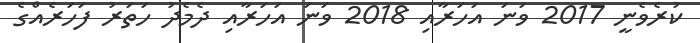
ކުރެވެނީ 2017 ވަނަ އަހަރާއި 2018 ވަނަ އަހަރާއި ދެމެދު ހަތަރު ފަހަރެއްގެ